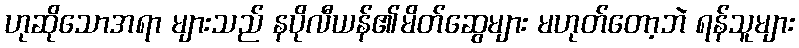
ဟုဆိုသောအရာ များသည် နပိုလီယန်၏မိတ်ဆွေများ မဟုတ်တော့ဘဲ ရန်သူများ